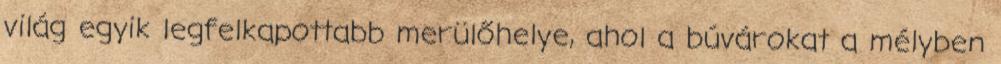
világ egyik legfelkapottabb merülőhelye, ahol a búvárokat a mélyben